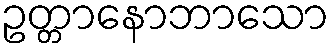
ဥတ္တာနောဘာသော